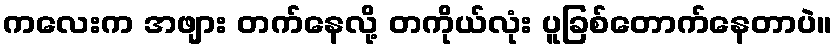
ကလေးက အဖျား တက်နေလို့ တကိုယ်လုံး ပူခြစ်တောက်နေတာပဲ။